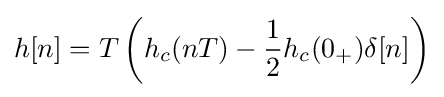
h[n]=T\left(h_{c}(nT)-{\frac {1}{2}}h_{c}(0_{+})\delta [n]\right)